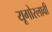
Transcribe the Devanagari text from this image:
यूगोस्लावी